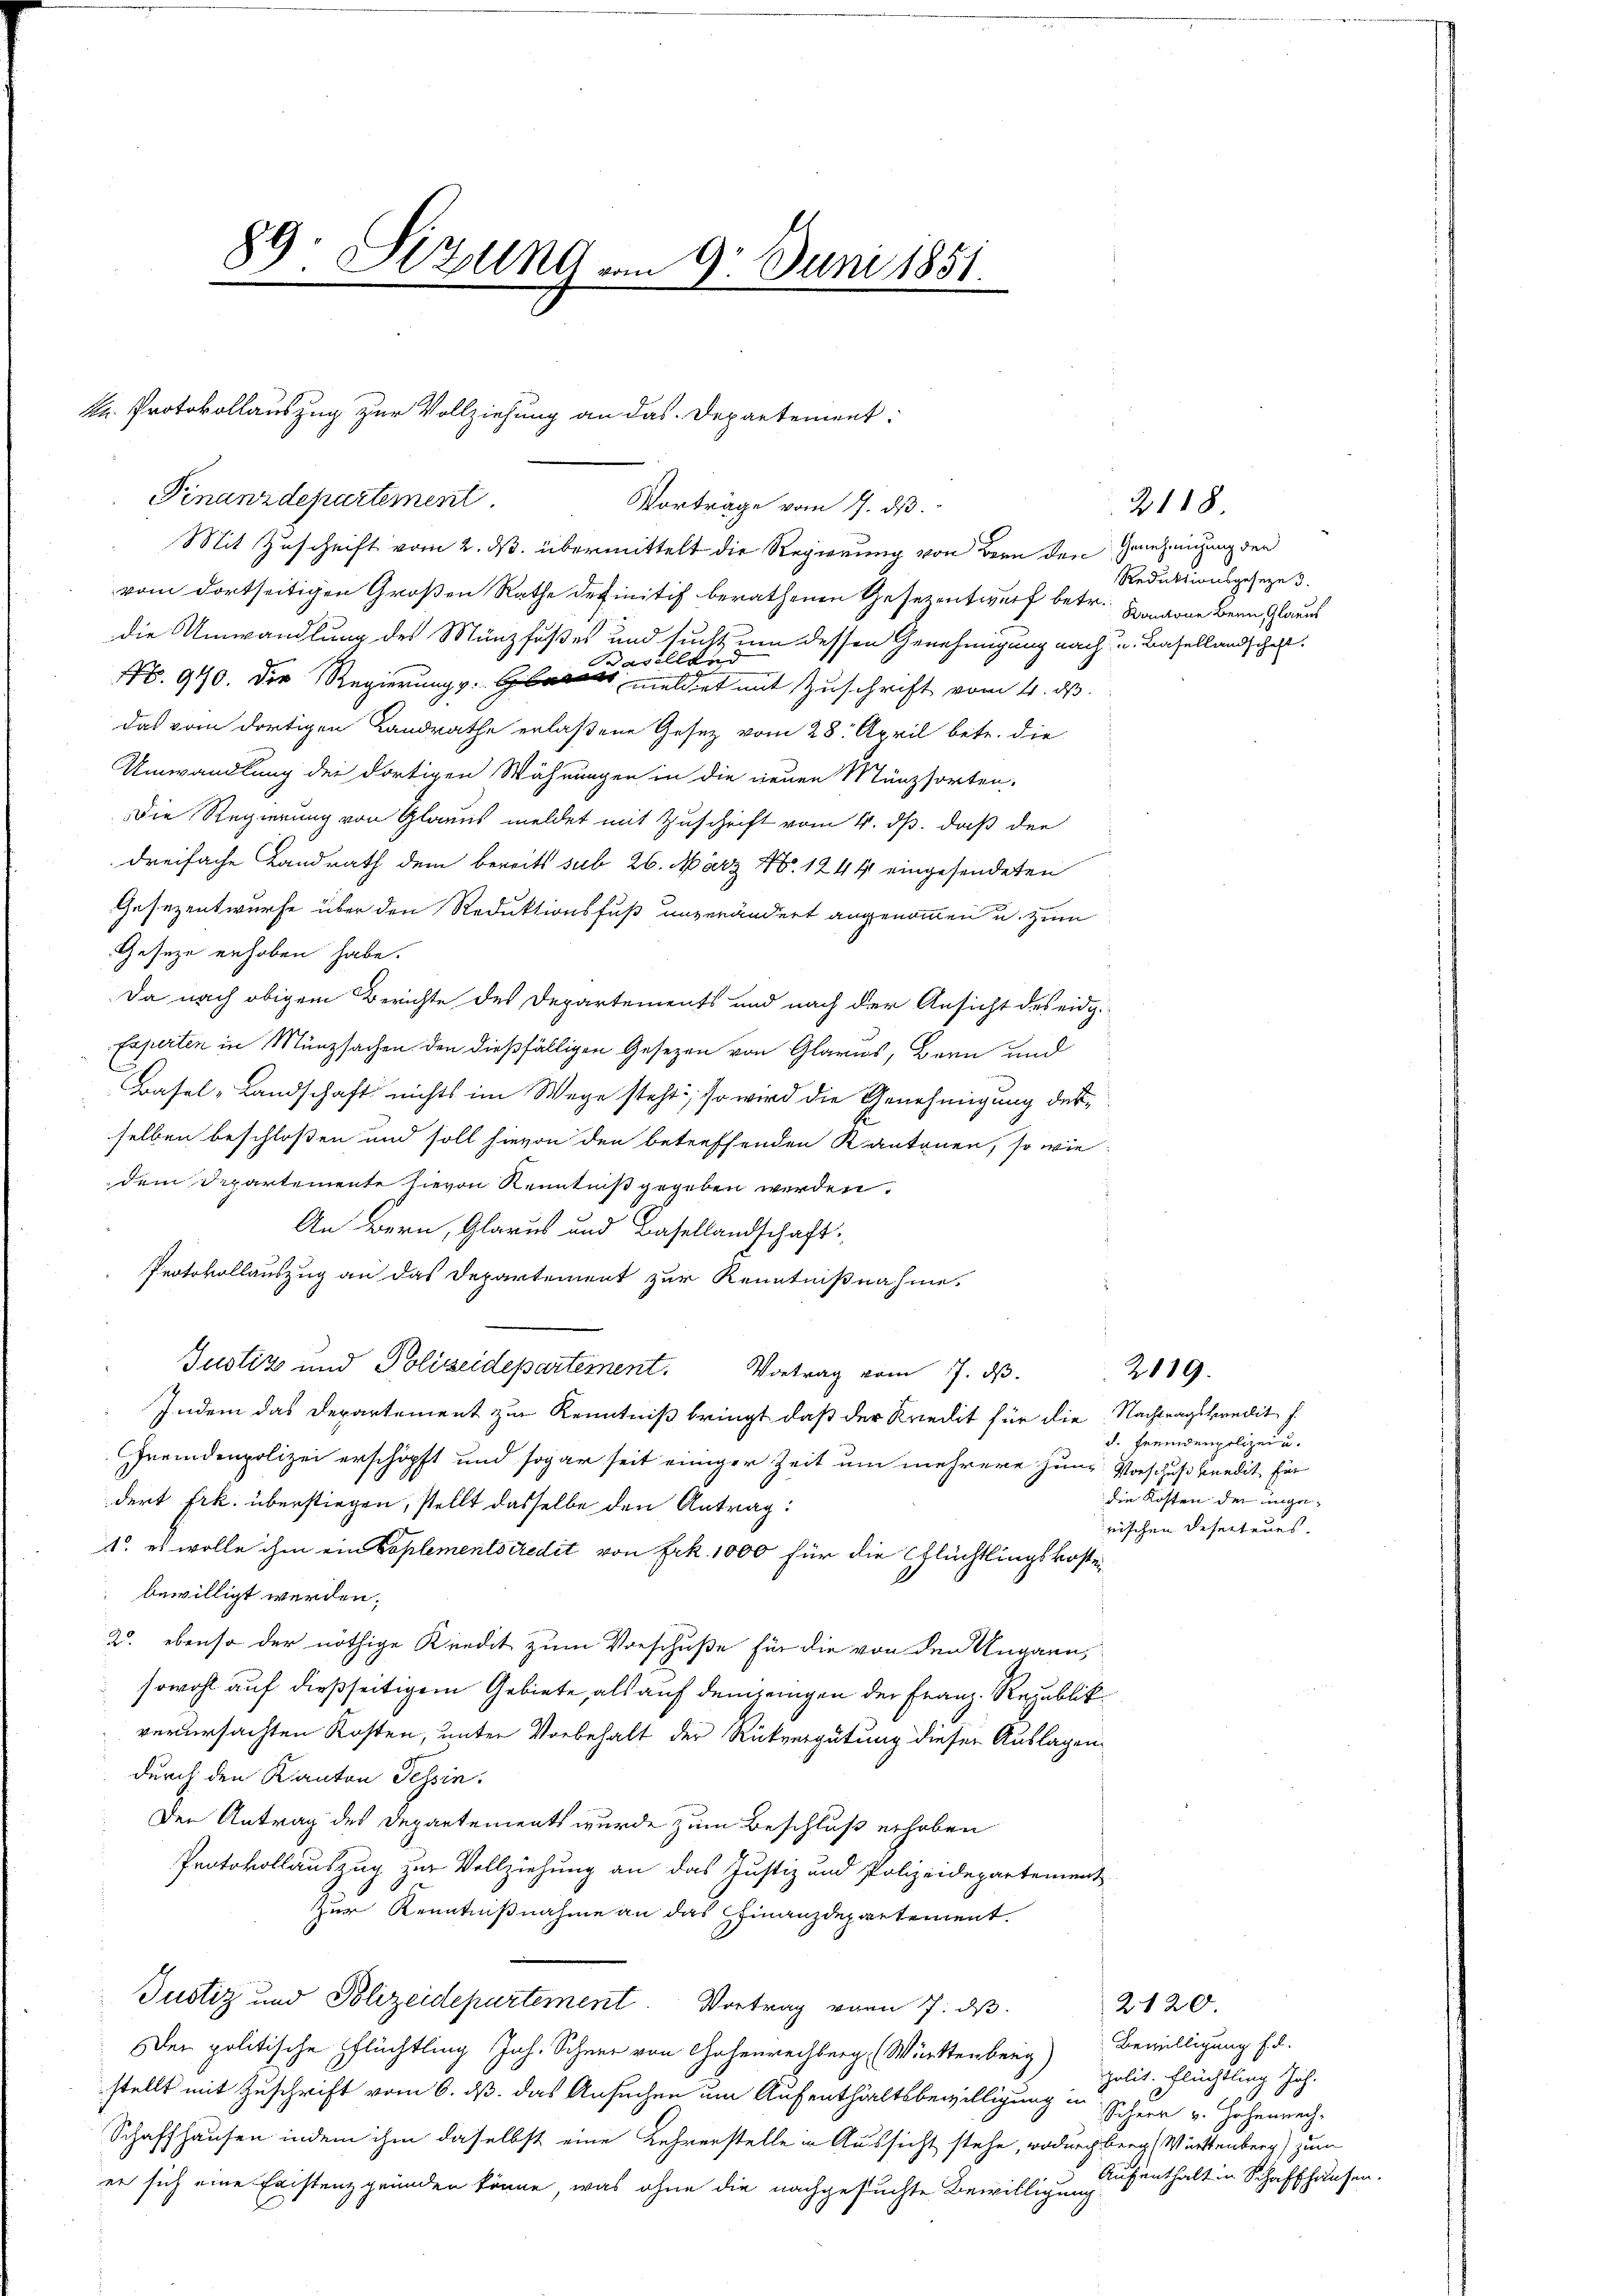
89. Sizung vom 9. Juni 1851.

k. Protokollauszug zur Vollziehung an das Departement:
Finanzdepartement.
Vorträge vom 1. ds.

Mit Zuschrift vom 2. ds. übermittelt die Regierung von Bern den Genehmigung der
vom dortseitigen Großen Rathe definitif berathenen Gesezentwurf betr. Kantone Bern Glarus
die Umwandlung des Münzfußes und sucht, um dessen Genehmigung nach u. Basellandschaft.
Baselland
No. 940. Der Regierungs meldet mit Zuschrift vom 4. ds.
das vom dortigen Landrathe erlaßene Gesetz vom 28. April betr. die
Umwandlung der dortigen Wähnungen in die neuen Münzsorten-
Die Regierung von Glarus meldet mit Zuschrift vom 4. ds. daß der
dreifache Landrath dem bereits sub 26. März N. 12441 eingesendeten
Gesezentwurfe über den Reduktionsfuß unverändert angenommen u. zum
Geseze erhoben habe.
Da nach obigem Berichte des Departements und nach der Ansicht des eidg.
Experten in Münzsachen den dießfälligen Gesezen von Glarus, Bern und
Basel-Landschaft nichts im Wege steht, so wird die Genehmigung desselben beschloßen und soll hievon den betreffenden Kantonen, so wie
dem Departemente hievon Kenntniß gegeben werden.
An Bern, Glarus und Basellandschaft.
Protokollauszug an das Departement zur Kenntnißnahme.
Justiz und Polizeidepartement. Vortrag vom 7. ds.
Indem das Departement zur Kenntniß bringt, daß der Kredit für die Nachtragskredit f
Fremdenpolizei erschöpft und sogar seit einiger Zeit um mehrere Herr Vorschußkredit für
dert Frk. überstiegen, stellt dasselbe den Antrag:
1. es wolle ihm ein Coplementscredit von Frk. 1000 für die Glüchtlingskostebewilligt werden.
2. ebenso der nöthige Kredit zum Vorschuße für die von den Ungarn,
sowohl auf dießseitigem Gebiete, als auf denjenigen der Franz. Republik
verursachten Kosten, unter Vorbehalt der Rückvergütung dieser Auslagendurch den Kanton Tessin.
Den Antrag des Departements wurde zum Beschluß erhoben
Protokollauszug zur Vollziehung an das Justiz und Polizeidepartement
Zur Kenntnißnahme an das Finanzdepartement.
Justiz und Polizeidepartement. Vortrag vom 7. ds.
Der politische Pflüchtling Joh. Schnee von Hohenrechberg (Württenberg) Bewilligung f. d.
stellt mit Zuschrift vom 6. ds. das Ansuchen um Aufenthaltsbewilligung in Scheer v. Hohenrech¬
Schaffhausen indem ihm daselbst eine Lehrerstelle in Aussicht stehe, wodurchberg (Württenberg) zum
er sich eine Existenz gründen könne, was ohne die nachgesuchte Bewilligung

2118
Reduktionsgeseze 3.

d. Fremdenpolizei u.
die Kosten der ungerischen Deserteurs.

2119.

2120.
polit. Flüchtling Joh.
Aufenthalt in Schaffhausen